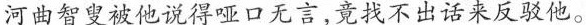
河曲智叟被他说得哑口无言，竟找不出话来反驳他。